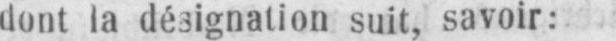
dont la désgnation suit, savoir: